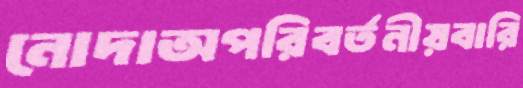
নোদাঅপরিবর্তনীয়বারি